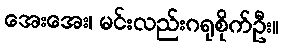
အေးအေး၊ မင်းလည်းဂရုစိုက်ဦး။